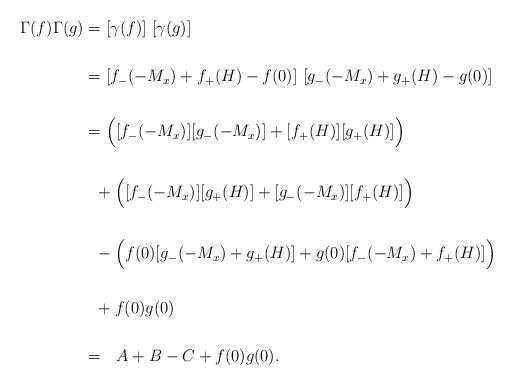
LaTeX: \begin{align*}\Gamma(f)\Gamma(g)&=[\gamma(f)]\ [\gamma(g)]\\ \\&=[f_-(-M_x)+f_+(H)-f(0)]\ [g_-(-M_x)+g_+(H)-g(0)]\\ \\&=\Big([f_-(-M_x)][g_-(-M_x)]+[f_+(H)][g_+(H)]\Big)\\ \\&\ \ +\Big([f_-(-M_x)][g_+(H)]+[g_-(-M_x)][f_+(H)]\Big)\\ \\&\ \ -\Big(f(0)[g_-(-M_x)+g_+(H)]+g(0)[f_-(-M_x)+f_+(H)]\Big)\\ \\&\ \ +f(0)g(0)\\ \\&=\ \ A+B-C+f(0)g(0).\end{align*}